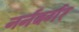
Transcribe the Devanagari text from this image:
नर्नबर्गर